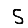
Digit: 5